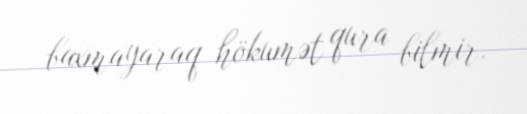
baxmayaraq hökumət qura bilmir.